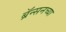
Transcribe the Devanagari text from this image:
ब्रॅन्सनच्या